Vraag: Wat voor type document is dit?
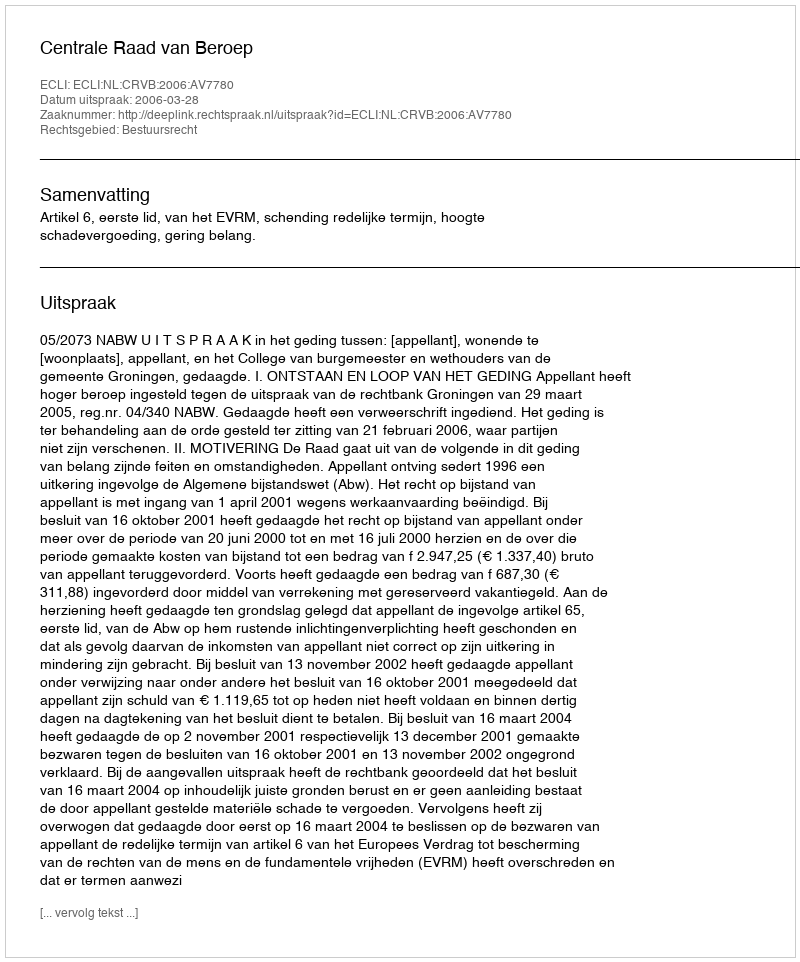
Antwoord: Uitspraak